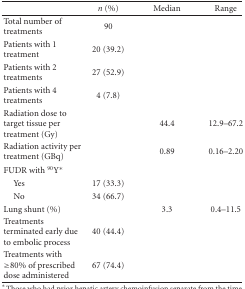
|  | n (%) | Median | Range |
 | --- | --- | --- | --- |
 | Total number of treatments | 90 |  |  |
 | Patients with 1 treatment | 20 (39.2) |  |  |
 | Patients with 2 treatments | 27 (52.9) |  |  |
 | Patients with 4 treatments | 4 (7.8) |  |  |
 | Radiation dose to target tissue per treatment (Gy) |  | 44.4 | 12.9–67.2 |
 | Radiation activity per treatment (GBq) |  | 0.89 | 0.16–2.20 |
 | FUDR with 90Y* |  |  |  |
 | Yes | 17 (33.3) |  |  |
 | No | 34 (66.7) |  |  |
 | Lung shunt (%) |  | 3.3 | 0.4–11.5 |
 | Treatments terminated early due to embolic process | 40 (44.4) |  |  |
 | Treatments with ≥80% of prescribed dose administered | 67 (74.4) |  |  |